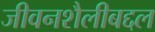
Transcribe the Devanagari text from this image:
जीवनशैलीबद्दल